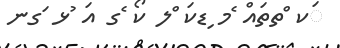
ަކ ްތތައް ެމ ިޑކަ ްލ ކޯ ެގ އަ ުޅ ަގނ